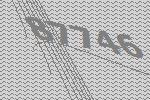
87746